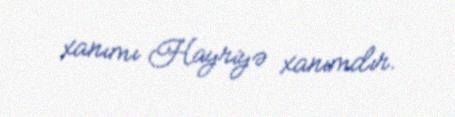
xanımı Hayriyə xanımdır.